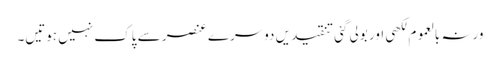
ورنہ بالعموم لکھی اور بولی گئی تنقیدیں دوسرے عنصر سے پاک نہیں ہوتیں۔